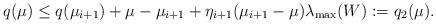
LaTeX: \begin{align*}q(\mu) \le q(\mu_{i+1})+\mu-\mu_{i+1}+\eta_{i+1}(\mu_{i+1}-\mu)\lambda_{\max}(W):=q_2(\mu).\end{align*}